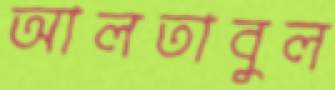
আলতাবুল